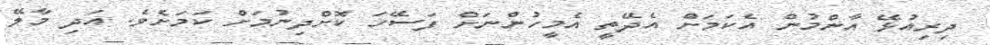
ދިރިއުޅޭ އާންމުން އެކަމަށް އެދޭތީ އެމީހުންނަށް ފަސޭހަ ކޮށްދިނުމަށް ކަމަށެވެ. އަދި މާލޭ